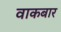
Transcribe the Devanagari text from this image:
वाकबार